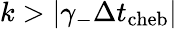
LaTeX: k>\vert\gamma_{-}\Delta t_{\mathrm{cheb}}\vert